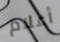
أعلام